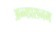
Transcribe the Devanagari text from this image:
अन्नप्रसनम